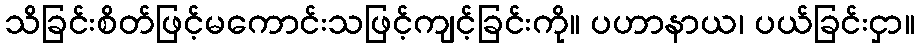
သိခြင်းစိတ်ဖြင့်မကောင်းသဖြင့်ကျင့်ခြင်းကို။ ပဟာနာယ၊ ပယ်ခြင်းငှာ။